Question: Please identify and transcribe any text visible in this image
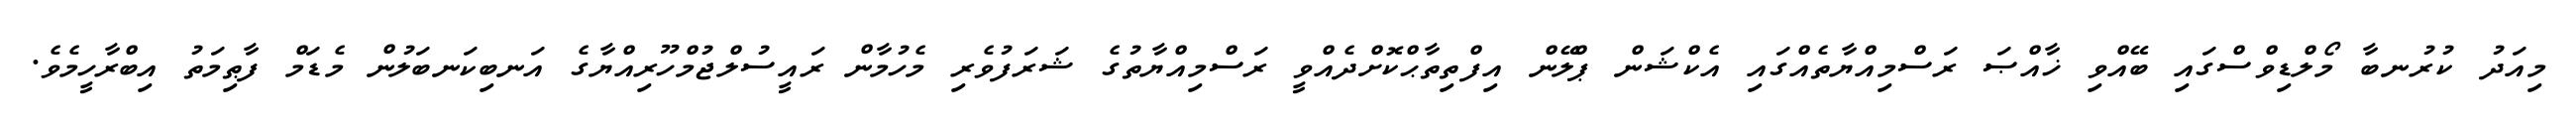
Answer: މިއަދު ކުރުނބާ މޯލްޑިވްސްގައި ބޭއްވި ޚާއްޞަ ރަސްމިއްޔާތެއްގައި އެކްޝަން ޕްލޭން އިފްތިތާޙްކޮށްދެއްވީ ރަސްމިއްޔާތުގެ ޝަރަފުވެރި މެހުމާން ރައީސުލްޖުމްހޫރިއްޔާގެ އަނބިކަނބަލުން މެޑަމް ފާޠިމަތު އިބްރާހީމެވެ.